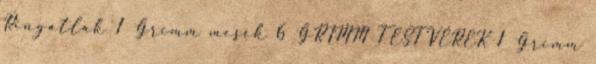
Ringatlak 1 Grimm mesék 6 GRIMM TESTVÉREK 1 Grimm